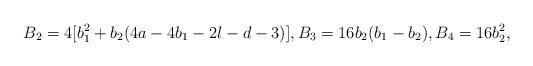
LaTeX: \begin{align*} B_2 = 4[b_1^2 + b_2(4a-4b_1-2l-d-3)], B_3 = 16b_2(b_1-b_2), B_4 = 16b_2^2, \end{align*}